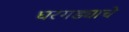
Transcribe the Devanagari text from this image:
घरगड्याचे